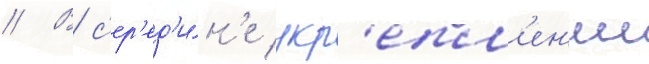
// В с'ер'ед'и́н'е укр'епл'ен'ии